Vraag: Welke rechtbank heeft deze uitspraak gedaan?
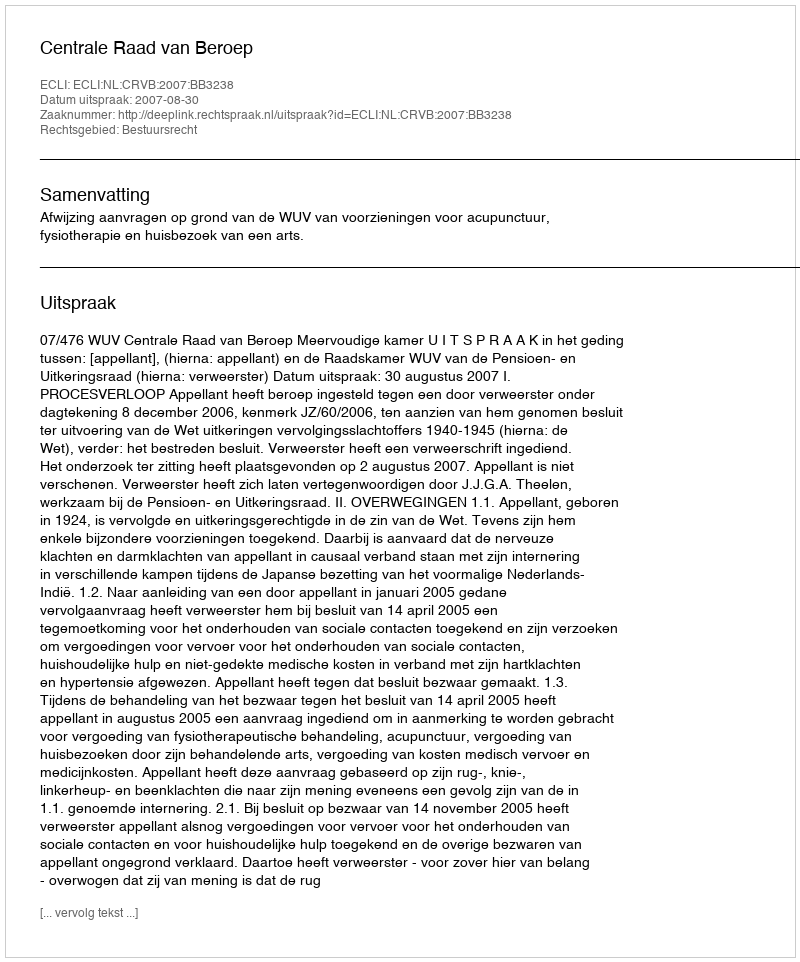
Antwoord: Centrale Raad van Beroep